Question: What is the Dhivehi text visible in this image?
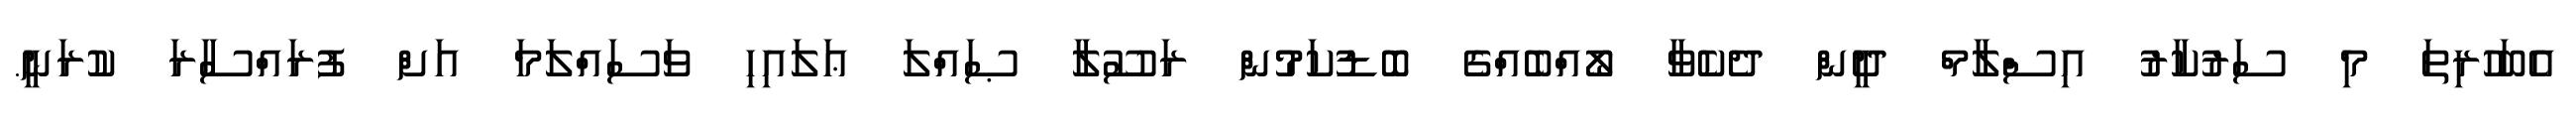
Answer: އެބަހުރިތަ މި ސަރުކާރު އިސްލާމް ދީން ދެކެވާ ލޯއްބެއްގެ ބޮޑުކަމުން ރަސޫލާ ޞައްލަ ޢަލައިހި ވަސައްލަމަ އަށް ފުރައްސާރަ ކުރަނީ.